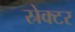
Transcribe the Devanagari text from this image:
स्रेक्टर